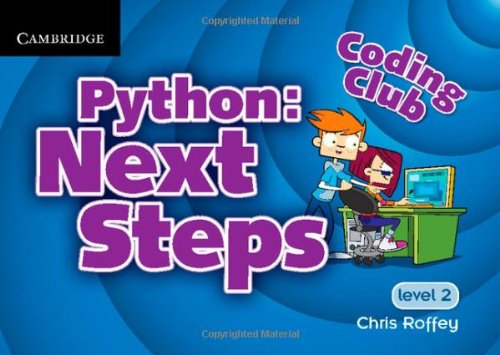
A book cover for Coding Club Level 2 Python: Next Steps; Chris Roffey; Teen & Young Adult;